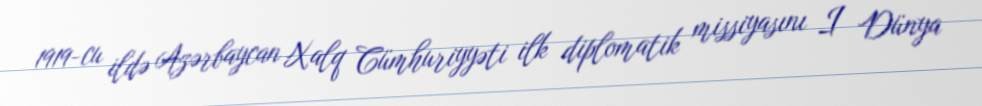
1919-cu ildə Azərbaycan Xalq Cümhuriyyəti ilk diplomatik missiyasını I Dünya